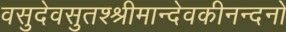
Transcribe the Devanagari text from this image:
वसुदेवसुतश्श्रीमान्देवकीनन्दनो